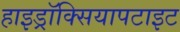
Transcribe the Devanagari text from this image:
हाइड्रॉक्सियापटाइट